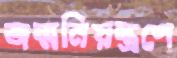
জন্মনিয়ন্ত্রণে